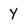
Character: y